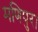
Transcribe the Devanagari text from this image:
मणिपुर।